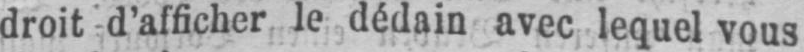
droit d’afficher le dédain avec lequel vous